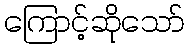
ကြောင့်ဆိုသော်